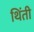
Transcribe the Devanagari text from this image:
थिंती